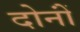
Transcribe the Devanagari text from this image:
दोनोंं